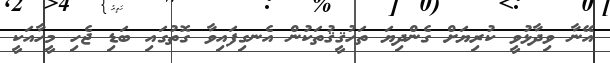
އޭނާ ވިދާޅުވީ ކުރިޔަށް ގެންދިޔަ ތަހުޤީޤުތަކުން އެނގިފައިވާ ގޮތުގައި ބަޑި ޖެހި މީހާއަކީ